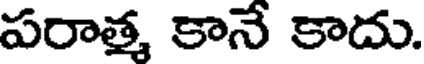
పరాత్మ కానే కాదు.